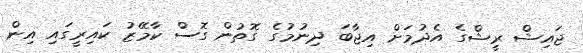
ޖައިޝް ރީޝްގެ އެދުމަށް އިޖާބަ ދިނުމުގެ ގޮތުން ގޮސް ކާމޭޒު ކައިރީގައި އިން